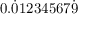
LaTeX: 0 . { \dot { 0 } } 1 2 3 4 5 6 7 { \dot { 9 } }